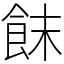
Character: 䬴